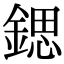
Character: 鍶